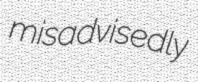
misadvisedly